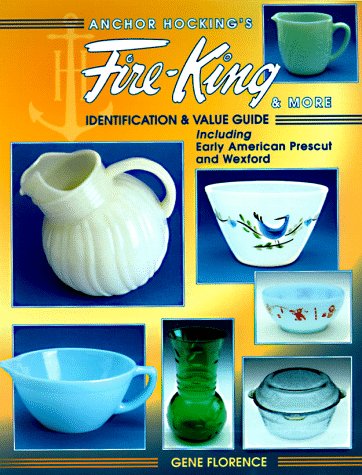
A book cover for Anchor Hocking's Fire-King & More: Identification & Value Guide including Early American Prescut and Wexford; Gene Florence; Crafts, Hobbies & Home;